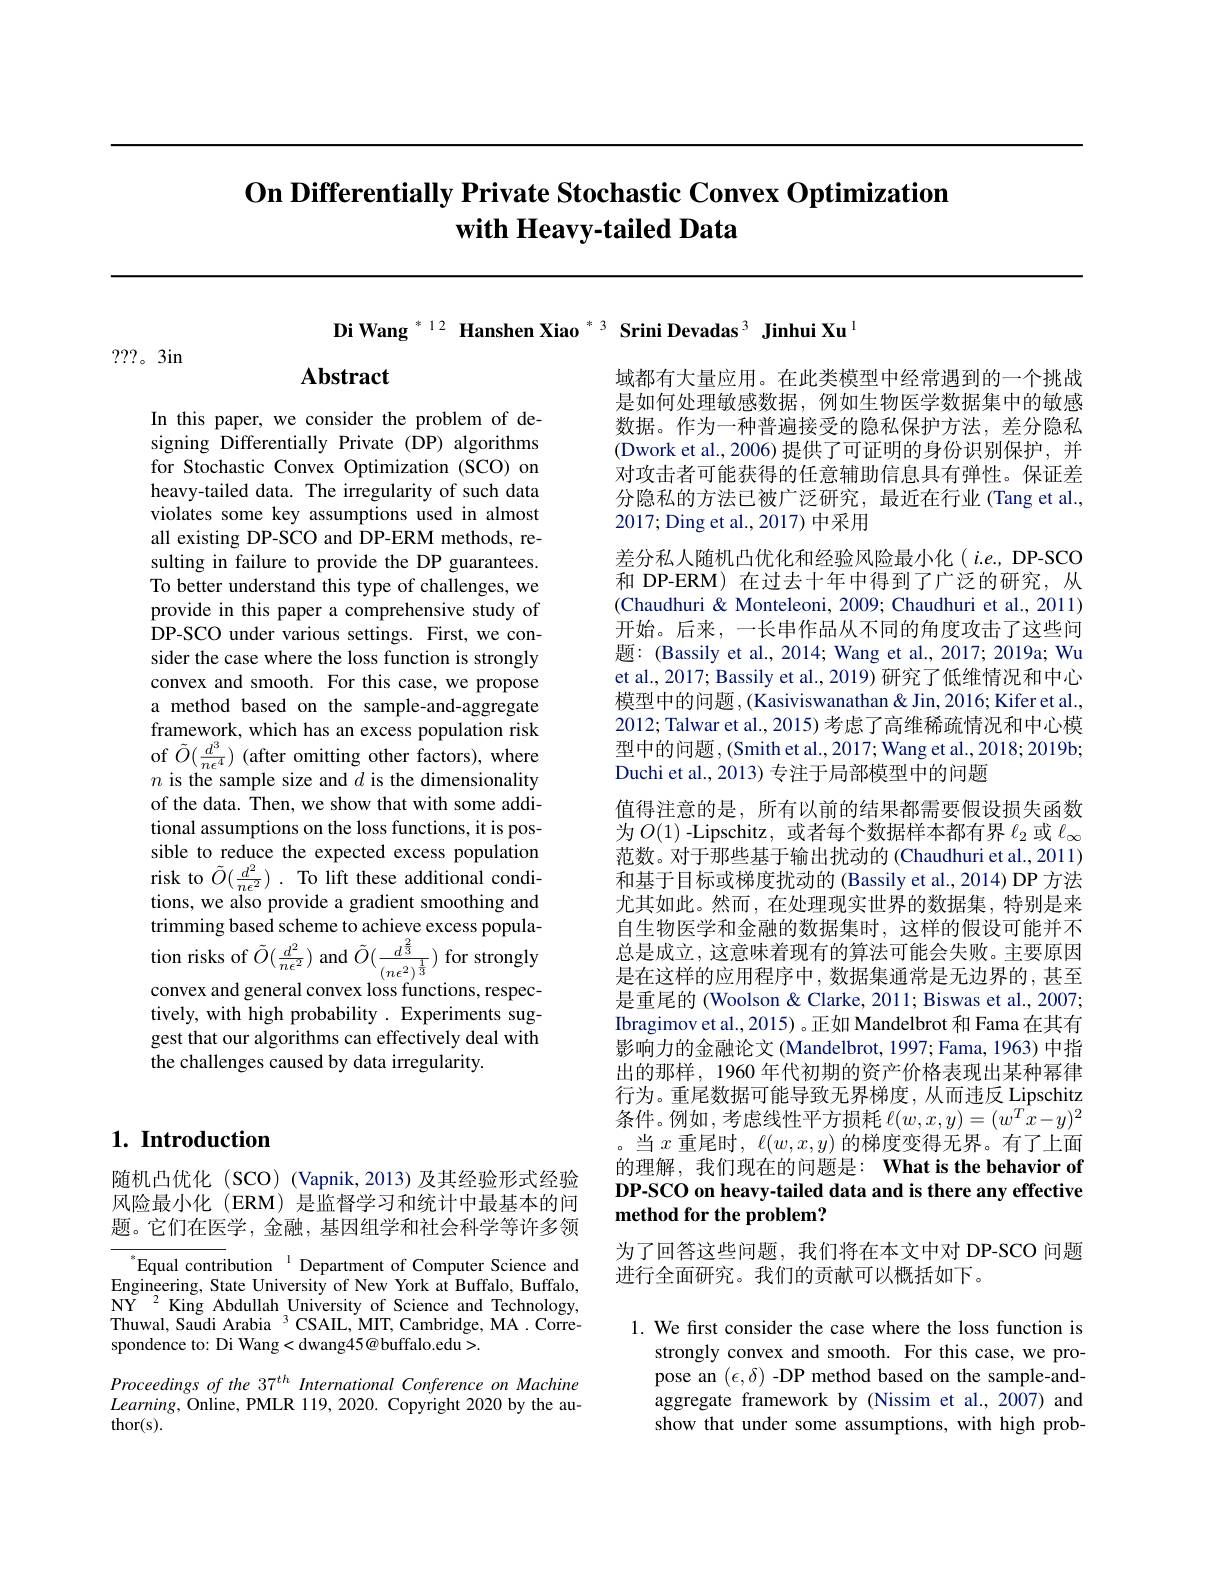
# On Differentially Private Stochastic Convex Optimization with Heavy-tailed Data

Di Wang $^{*12}$ Hanshen Xiao $^{*3}$ Srini Devadas$^{3}\textbf{ Jinhui Xu}^{1}$

???。3in

## $\mathbf{Abstract}$

In this paper, we consider the problem of designing Differentially Private (DP) algorithms for Stochastic Convex Optimization (SCO) on heavy-tailed data. The irregularity of such data violates some key assumptions used in almost all existing DP-SCO and DP-ERM methods, resulting in failure to provide the DP guarantees. To better understand this type of challenges, we provide in this paper a comprehensive study of DP-SCO under various settings. First, we consider the case where the loss function is strongly convex and smooth. For this case, we propose a method based on the sample-and-aggregate framework, which has an excess population risk of $\tilde{O}(\frac{d^{3}}{n\epsilon^{4}})$ (after omitting other factors), where $n$ is the sample size and $d$ is the dimensionality of the data. Then, we show that with some additional assumptions on the loss functions, it is possible to reduce the expected excess population risk to $\tilde{O}(\frac{d^{2}}{n\epsilon^{2}}).$ To lift these additional conditions, we also provide a gradient smoothing and trimming based scheme to achieve excess population risks of $\tilde{O}(\frac{d^{2}}{n\epsilon^{2}})$ and $\tilde{O}(\frac{d^{\frac{2}{3}}}{(n\epsilon^{2})^{\frac{1}{3}}})$ for strongly convex and general convex loss functions, respectively, with high probability . Experiments suggest that our algorithms can effectively deal with the challenges caused by data irregularity.

## 1. Introduction

随机凸优化(SCO)(Vapnik,2013)及其经验形式经验风险最小化(ERM)是监督学习和统计中最基本的问题。它们在医学，金融，基因组学和社会科学等许多领

$^{*}$Equal contribution$^{\text{1}}$Department of Computer Science and Engineering, State University of New York at Buffalo, Buffalo, $\mathrm{NY}^{2}$King Abdullah University of Science and Technology, Thuwal, Saudi Arabia $^3$CSAIL,MIT, Cambridge, MA. Correspondence to: Di Wang< dwang45@ buffalo.edu>.
Proceedings of the 37$^{th}$ International Conference on Machine $Learning$, Online, PMLR 119, 2020. Copyright 2020 by the author( s) .

域都有大量应用。在此类模型中经常遇到的一个挑战是如何处理敏感数据，例如生物医学数据集中的敏感数据。作为一种普遍接受的隐私保护方法，差分隐私(Dwork et al., 2006)提供了可证明的身份识别保护，并对攻击者可能获得的任意辅助信息具有弹性。保证差分隐私的方法已被广泛研究，最近在行业(Tang et al., 2017;Ding et al., 2017) 中采用
差分私人随机凸优化和经验风险最小化(i.e.,DP-SCO 和 DP-ERM) 在过去十年中得到了广泛的研究，从(Chaudhuri & Monteleoni, 2009; Chaudhuri et al., 2011) 开始。后来，一长串作品从不同的角度攻击了这些问题：(Bassily et al., 2014; Wang et al., 2017; 2019a; Wu et al., 2017; Bassily et al., 2019) 研究了低维情况和中心模型中的问题，(Kasiviswanathan& Jin, 2016; Kifer et al., 2012; Talwar et al., 2015) 考虑了高维稀疏情况和中心模型中的问题，(Smith et al.,2017; Wang et al., 2018; 2019b; Duchi et al., 2013) 专注于局部模型中的问题
值得注意的是，所有以前的结果都需要假设损失函数为$O(1)$ -Lipschitz, 或者每个数据样本都有界$\ell_2$或$\ell_\infty$ 范数。对于那些基于输出扰动的 (Chaudhuri et al., 2011) 和基于目标或梯度扰动的 (Bassily et al., 2014) DP 方法尤其如此。然而，在处理现实世界的数据集，特别是来自生物医学和金融的数据集时，这样的假设可能并不总是成立，这意味着现有的算法可能会失败。主要原因是在这样的应用程序中，数据集通常是无边界的，甚至是重尾的 (Woolson & Clarke, 2011; Biswas et al., 2007; Ibragimov et al., 2015) 。正如 Mandelbrot 和 Fama 在其有影响力的金融论文 (Mandelbrot, 1997; Fama, 1963) 中指出的那样，1960 年代初期的资产价格表现出某种幂律行为。重尾数据可能导致无界梯度，从而违反 Lipschitz 条件。例如 , 考虑线性平方损耗$\ell(w,x,y)=(w^T\tilde{x}-y)^2$ 。当$x$重尾时，$\ell(w,x,y)$的梯度变得无界。有了上面的理解，我们现在的问题是：What is the behavior of DP-SCO on heavy-tailed data and is there any effective method for the problem?
为了回答这些问题，我们将在本文中对 DP-SCO 问题

进行全面研究。我们的贡献可以概括如下。

1. We first consider the case where the loss function is
strongly convex and smooth. For this case, we propose an $(\epsilon,\delta)$ -DP method based on the sample-andaggregate framework by (Nissim et al.,2007) and show that under some assumptions, with high prob-